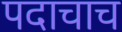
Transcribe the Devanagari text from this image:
पदाचाच